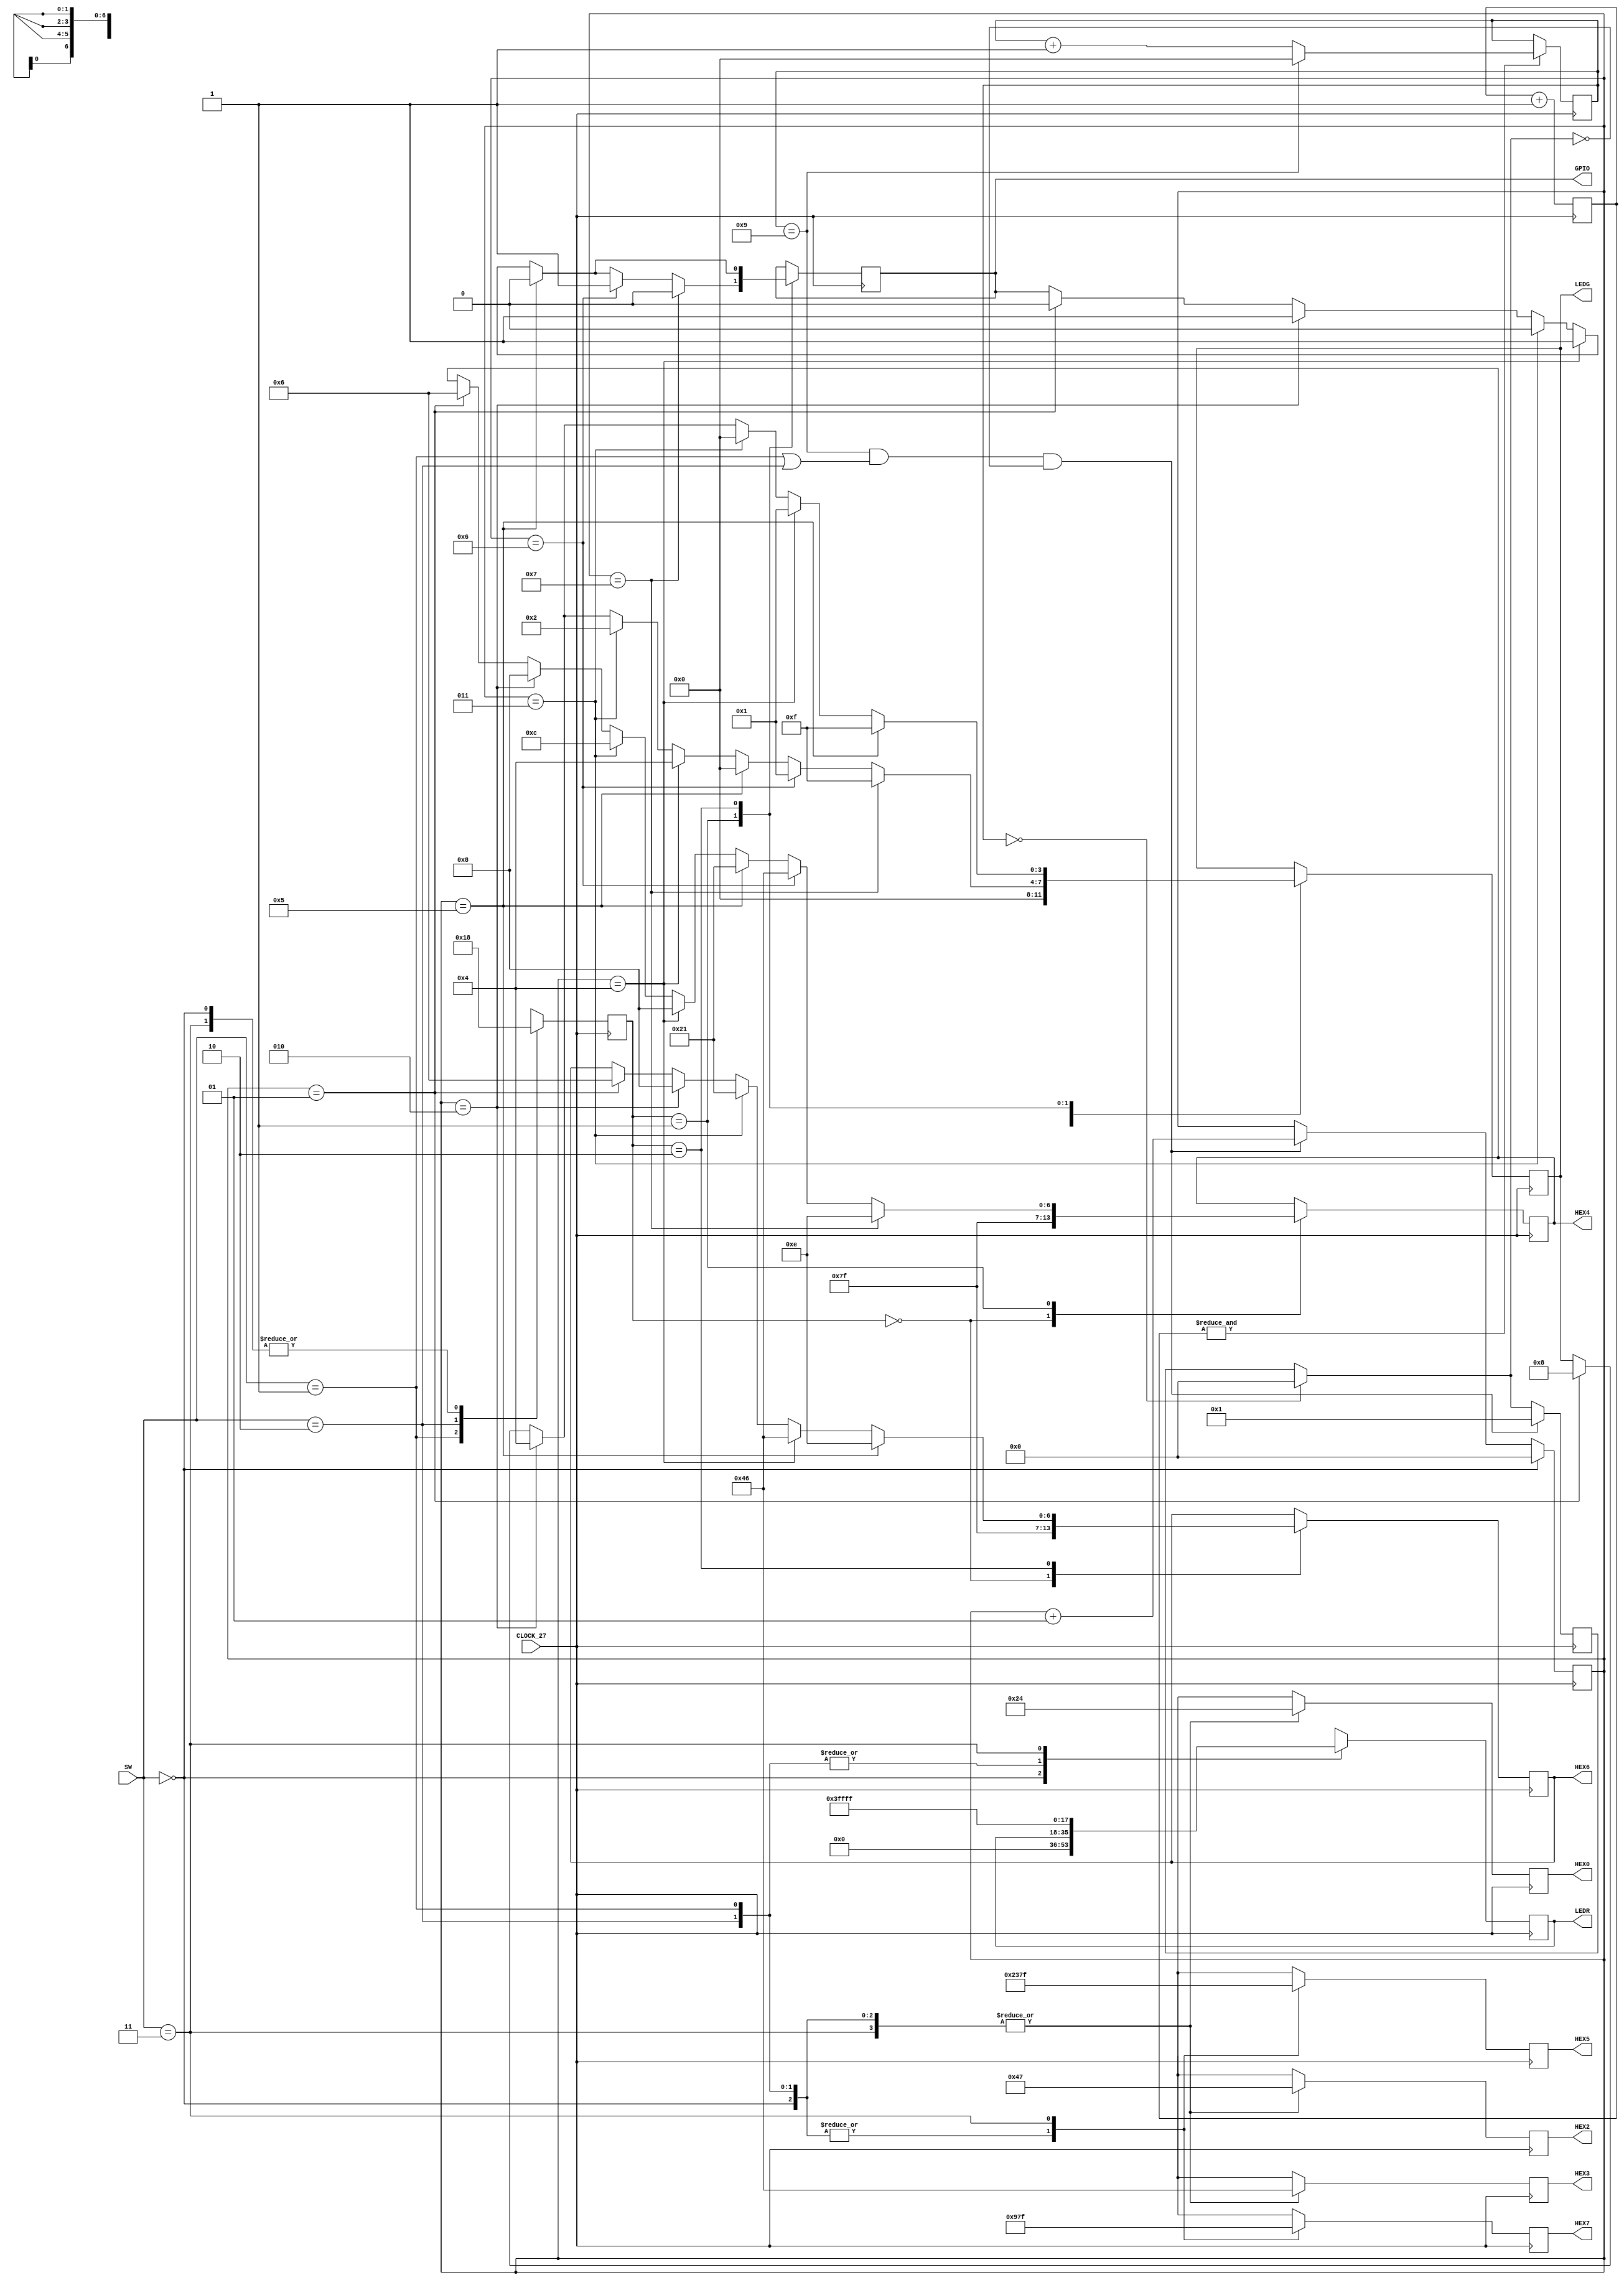
module washing_Machine(
		input CLOCK_27,  //Clock
		output reg [3:0] LEDG,		//bomba_agua = 1000, modo_agitar = 0100, modo_centrifugar = 0001, modo_girar = 0010
		output reg [6:0] HEX6,
		output reg [6:0] HEX4,
		output reg [6:0] HEX7,
		output reg [6:0] HEX5,
		output reg [6:0] HEX3,
		output reg [6:0] HEX2,
		output reg [6:0] HEX0,
		output reg GPIO,
		input wire [1:0] SW, //controle de modos
		output reg [17:0] LEDR);  //usado para teste e visualizao do contador que controla
																	  //o contador que muda de estado

	initial HEX6 = 7'b1111111;
	initial HEX4 = 7'b1111111;
	integer contador = 0;	//contador que gerencia os estados
	integer jaContou;	//variavel que assegura que o contador no incrementa varias vezes por conta da velocidade do clock
	reg flag = 0;		//flag para zerar o contador
	
	reg [23:0] cnt;									//cnt  um contador que funciona como prescaler
	always @(posedge CLOCK_27) cnt <= cnt+24'h1;
	wire cntovf = &cnt;

						//Dando Set no contador baseado no clock interno
	reg [3:0] UNI;		//UNI eh um contador que conta de 0 a 9
	always @(posedge CLOCK_27) begin		
		if(cntovf) UNI = (UNI==4'h9 ? 4'h0 : UNI+4'h1);	//incrementa o uni ou zera se seu valor for 9
	end													//essa variao acontece num tempo prximo de 1 segundo
	


	reg [1:0] modo; 	//variavel que guarda o modo da maquina de lavar
	
	parameter modo_espera = 0, limpeza_padrao = 1, limpeza_rapida = 2;	 //modos
	
	always @ (posedge CLOCK_27) begin	//selecao de modo
		case (SW[1:0])
			2'b00:
			begin
				HEX3 = 7'b1000110;
				HEX2 = 7'b1000111;								//CL2 NO DISPLAY
				HEX0 = 7'b0100100;
				HEX7 = 7'b0010010;								//SIMPLES (S) NO DISPLAY
				HEX5 = 7'b1000110;								//COMPLETO (C) NO DISPLAY
				LEDR = 18'b000000000000000000;
				modo <= modo_espera;	//maquina em espera
			end
			2'b01: 
			begin
				HEX3 = 7'b1000110;
				HEX2 = 7'b1000111;								//CL2 NO DISPLAY
				HEX0 = 7'b0100100;
				HEX7 = 7'b0010010;
				HEX5 = 7'b1000110;
				modo <= limpeza_padrao;		//ciclo completo
			end
			2'b10: 
			begin
				HEX3 = 7'b1000110;
				HEX2 = 7'b1000111;								//CL2 NO DISPLAY
				HEX0 = 7'b0100100;
				HEX7 = 7'b0010010;
				HEX5 = 7'b1000110;
				modo <= limpeza_rapida;		//ciclo simplificado
			end
			2'b11:						//caso de erro
			begin
				HEX3 = 7'b1000110;
				HEX2 = 7'b1000111;								//CL2 NO DISPLAY
				HEX0 = 7'b0100100;
				HEX7 = 7'b1111111;
				HEX5 = 7'b1111111;
				LEDR = 18'b111111111111111111;	//sinal de erro que indica que os dois modos no podem estar ativos ao mesmo tempo
				modo <= modo_espera;
			end
		endcase
	end
	
	initial GPIO = 1'b0;
	
	always@ (posedge CLOCK_27) begin //controle do contador que gerencia os estados
		if(UNI == 4'h0)				//zera o jaContou quando UNI chega em 0 para o contador ir para a prxima etapa
			jaContou = 0;

		if (UNI == 4'h9 && ((SW == 2'b01) || (SW == 2'b10)) && jaContou == 0) begin		//incrementa o contador
			contador = contador + 1;
			jaContou = 1;
		end

		if (SW == 2'b00)	//se os dois switchs estiverem desligados, o contador que gerencia os estados no incrementa
			contador = 0;

	end
	
	
	always @ (posedge CLOCK_27) begin 	//funcionalidade
		case (modo)
			modo_espera:
			begin
				HEX4 = 7'b1111111;
				HEX6 = 7'b1111111; 	// PARTE PARA TESTAR
				LEDG = 4'b0000;
			end
							//contador:
			limpeza_padrao:	//espera = 0, encher = 1, agitar = 2, tempo = 3, agitar2 = 4, esvaziar = 5, centrifugar = 6, fim = 7
			begin
				//espera >> encher
				if(contador == 1) begin											//ENCHER
					GPIO <= 1'b0;
					HEX4 = 7'b0000110;
					LEDG = 4'b1000;
				end
				
				//enchendo >> modo agitar
				if (contador == 2) begin										//AGITAR
					GPIO <= 1'b1;
					HEX4 = 7'b0001000;
					LEDG = 4'b0100;	
				end

				//agitar >> tempo
				if (contador == 3) begin										//PAUSA, MOLHO
					GPIO <= 1'b0;
					HEX4 = 7'b0001100;
					LEDG = 4'b0010;
				end

				//tempo >> agitar2
				if (contador == 4) begin										//AGITAR 2
					GPIO <= 1'b1;
					HEX4 = 7'b0001000;
					LEDG = 4'b0100;
				
				end

				//agitar2 >> esvaziar
				if (contador == 5) begin
					GPIO <= 1'b0;
					HEX4 = 7'b0100001;											//DRENAR
					LEDG = 4'b0000;
				end

				//esvaziar >> centrifugar
				if (contador == 6) begin
					GPIO <= 1'b1;
					HEX4 = 7'b1000110;											//CENTRIFUGAR
					LEDG = 4'b0001;
				end

				//centrifugar >> fim
				if (contador == 7) begin
					GPIO <= 1'b0;
					HEX4 = 7'b0001110;											//FIM		
					LEDG = 4'b1111;
				end

			end
							//contador:
			limpeza_rapida:	//espera = 0, encher = 1, agitar = 2, esvaziar = 3, centrifugar = 4, fim = 5

				
				begin	
					//espera >> encher
					if(contador == 1) begin
						GPIO <= 1'b0;
						HEX6 = 7'b0000110;										//ENCHER
						LEDG = 4'b1000;
					end

					//enchendo >> modo agitar
					if (contador == 2) begin
						GPIO <= 1'b1;
						HEX6 = 7'b0001000;										//AGITAR
						LEDG = 4'b0100;
					end

					//agitar >> esvaziar
					if (contador == 3) begin
						GPIO <= 1'b0;
						HEX6 = 7'b0100001;									//DRENAR
						LEDG = 4'b0000;
					end
					
					//esvaziar >> centrifugar
					if (contador == 4) begin
						GPIO <= 1'b1;
						HEX6 = 7'b1000110;										//CENTRIFUGAR
						LEDG = 4'b0001;
					end

					//centrifugar >> fim
					if (contador == 5) begin
						GPIO <= 1'b0;
						HEX6 = 7'b0001110;										//FIM
						LEDG = 4'b1111;
					end

				end
		endcase
	end
endmodule